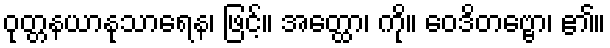
ဝုတ္တနယာနုသာရေန၊ ဖြင့်။ အတ္ထော၊ ကို။ ဝေဒိတဗ္ဗော၊ ၏။